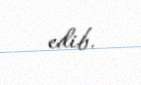
edib.